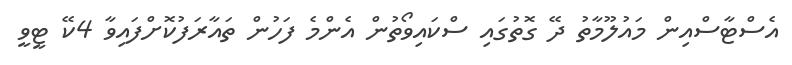
އެސްޓާސްއިން މައުލޫމާތު ދޭ ގޮތުގައި ސްކައިވޯތުން އެންމެ ފަހުން ތައާރަފުކޮށްފައިވާ 4ކޭ ޓީވީ